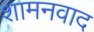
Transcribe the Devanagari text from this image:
शामनवाद